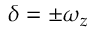
\delta = \pm \omega _ { z }